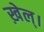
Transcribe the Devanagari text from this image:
ख़ेल्।